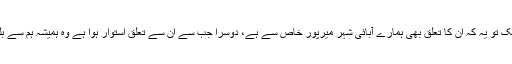
ہم سے ان کی قربت کی دو وجوہات ہیں: ایک تو یہ کہ ان کا تعلق بھی ہمارے آبائی شہر میرپور خاص سے ہے، دوسرا جب سے ان سے تعلق استوار ہوا ہے وہ ہمیشہ ہم سے بلوچی میں خیر و عافیت دریافت کرتے ہیں۔